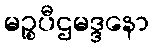
မဉ္စပီဌမဒ္ဒနော